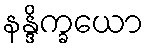
နန္ဒိက္ခယော